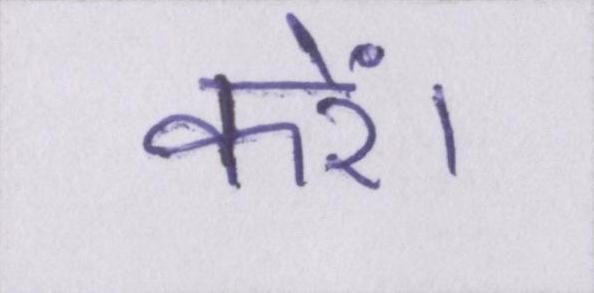
करें।